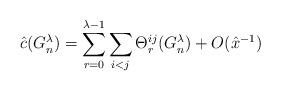
LaTeX: \begin{align*}\hat{c}(G_n^\lambda)=\sum_{r=0}^{\lambda-1} \sum_{i<j} \Theta_r^{ij}(G_n^\lambda) + O(\hat{x}^{-1})\end{align*}